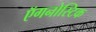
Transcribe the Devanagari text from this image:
ऍगनोस्टिक